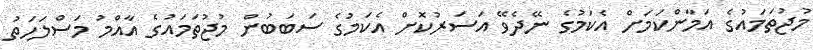
މުޖުތަމައުގެ އަމާންކަމަށް އެކަމުގެ ނޭދެވޭ އަސަރުކޮށް އެކަމުގެ ސަބަބުން މުޖުތަމައުގެ އާއްމު މަސްލަހަތު